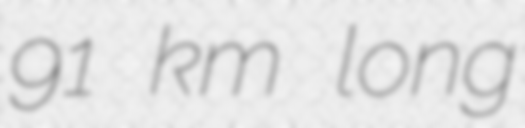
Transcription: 91 km long